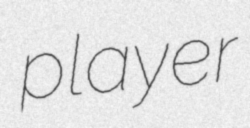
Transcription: player